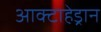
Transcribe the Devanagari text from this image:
आक्टाहेड्रान